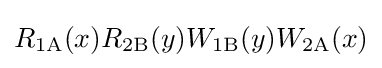
R_{\text{1A}}(x)R_{\text{2B}}(y)W_{\text{1B}}(y)W_{\text{2A}}(x)